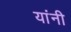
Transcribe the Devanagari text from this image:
यांनी